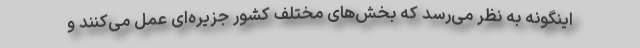
اینگونه به نظر می‌رسد که بخش‌های مختلف کشور جزیره‌ای عمل می‌کنند و